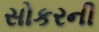
સોકરની